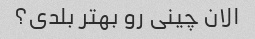
الان چینی رو بهتر بلدی؟